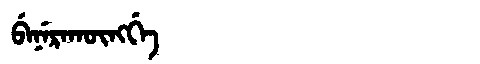
Manchu: ᠪᡝᠨᡝᡵᠠᡴᡡᠩᡤᡝ
Romanization: BENERAKŪNGGE